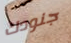
جنودك